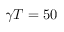
\gamma T = 5 0